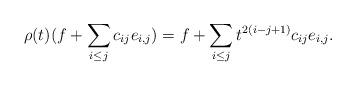
LaTeX: \begin{align*} \rho(t)(f+\sum_{i\leq j}c_{ij}e_{i,j})=f+\sum_{i\leq j}t^{2(i-j+1)}c_{ij}e_{i,j}.\end{align*}